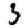
Digit: 3